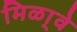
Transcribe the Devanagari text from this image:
मिळा्वे